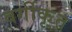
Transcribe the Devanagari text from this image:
वर्गीकृ्त